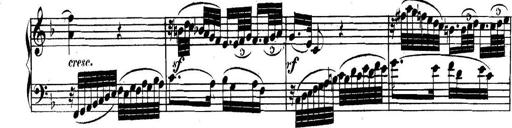
Title: Collected Piano Sonatas
Composer: Muzio Clementi